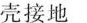
壳接地